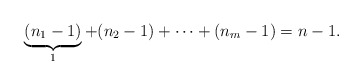
\begin{align*} \underbrace{(n_1-1)}_{1}+(n_2-1)+\cdots+(n_m-1)=n-1.\,\end{align*}